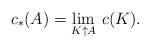
LaTeX: \begin{align*}c_*(A)=\lim_{K\uparrow A}\,c(K).\end{align*}